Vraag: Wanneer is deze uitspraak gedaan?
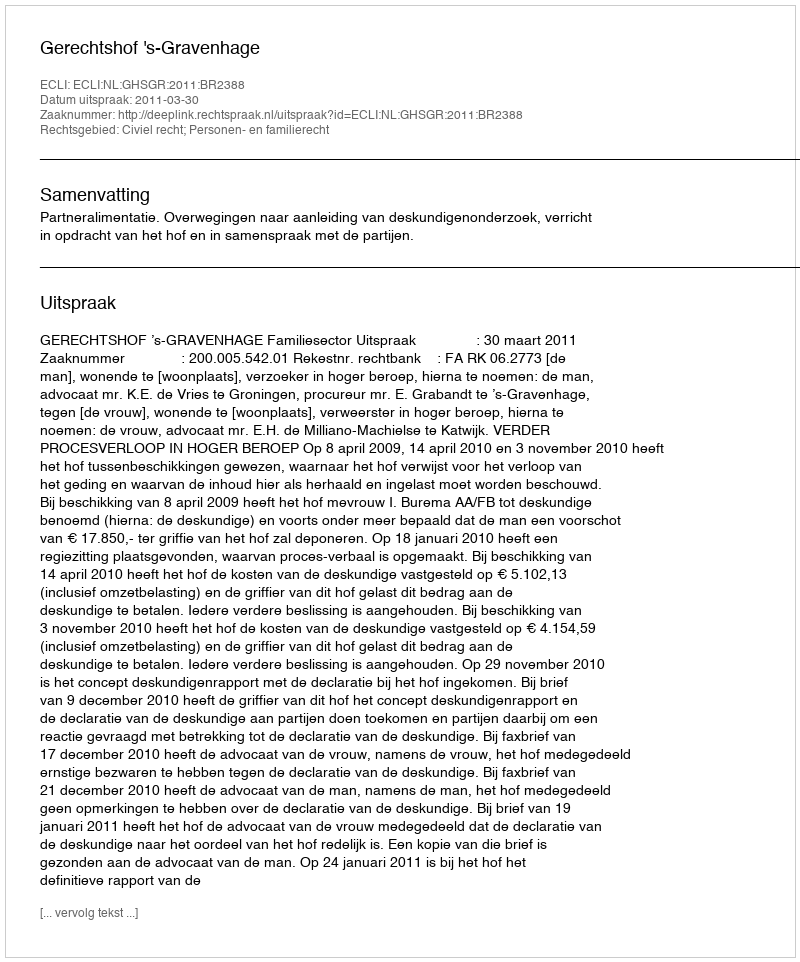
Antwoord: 2011-03-30